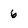
Character: 6